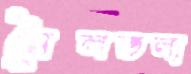
নৈলতলা